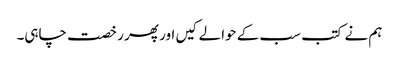
ہم نے کتب سب کے حوالے کیں اور پھر رخصت چاہی۔